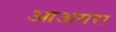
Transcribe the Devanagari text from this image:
आअगरा